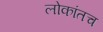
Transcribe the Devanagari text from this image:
लोकांतच